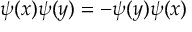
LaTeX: \psi ( x ) \psi ( y ) = - \psi ( y ) \psi ( x )